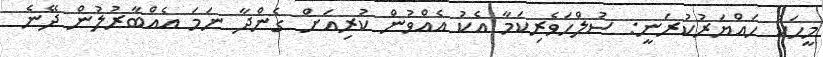
މީހަކު ހައްޔަރުކުރަނީ: ސުލްހަވެރިކަމާ އެކު އެއްވުން ކުރިއަށް ގެންދާ ނަމަ އެއްބާރުލުން ދޭނެ